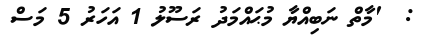
:  'މާތް ނަބިއްޔާ މުޙައްމަދު ރަސޫލު 1 އަހަރު 5 މަސް